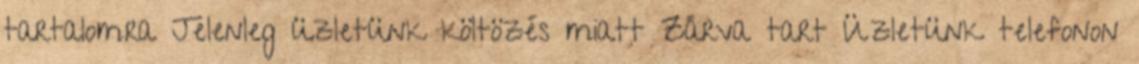
tartalomra Jelenleg üzletünk költözés miatt Zárva tart Üzletünk telefonon